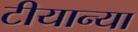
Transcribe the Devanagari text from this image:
टीयान्या